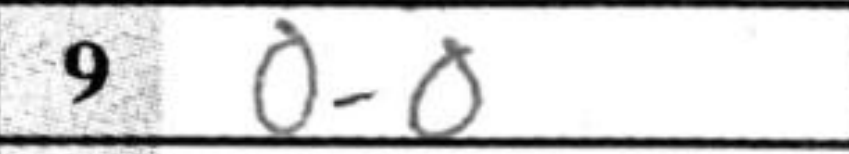
Transcription: O-O